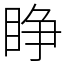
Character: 睁